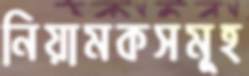
নিয়ামকসমূহ